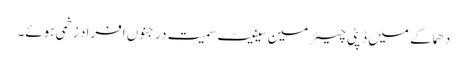
دھماکے میں ڈپٹی چیئرمین سینیٹ سمیت درجنوں افراد زخمی ہوئے۔